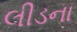
લીડના